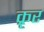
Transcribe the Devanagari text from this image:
क्रृर